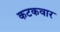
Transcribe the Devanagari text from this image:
कटकवार